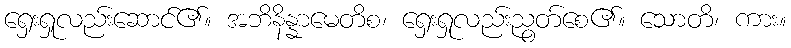
ရှေးရှုလည်းဆောင်၏။ အဘိနိန္နာမေတိစ၊ ရှေးရှုလည်းညွတ်စေ၏။ သောတိ၊ ကား။